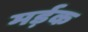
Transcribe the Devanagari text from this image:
मर्ड़क